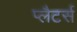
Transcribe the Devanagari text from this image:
प्लैटर्स